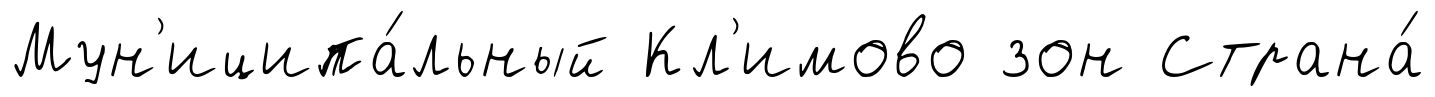
Мун'иципа́льный Кл'имово зон Страна́